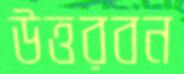
উত্তরবন